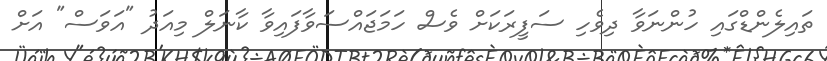
ތައިލެންޑްގައި ހުންނަވާ ދިވެހި ސަފީރަކަށް ވެސް ހަމަޖައްސަވާފައިވާ ކާނަލް މިއަދު "އަވަސް" އަށް